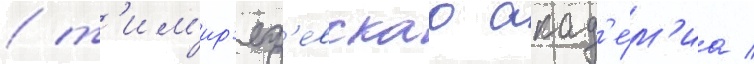
/ т'им'ир'яз'евскаа акад'е́м'иа /